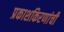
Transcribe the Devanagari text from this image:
प्रकाशकिरणांची